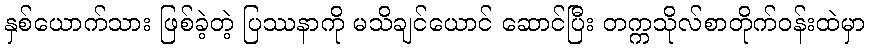
နှစ်ယောက်သား ဖြစ်ခဲ့တဲ့ ပြဿနာကို မသိချင်ယောင် ဆောင်ပြီး တက္ကသိုလ်စာတိုက်ဝန်းထဲမှာ